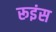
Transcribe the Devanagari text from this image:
रूइंस